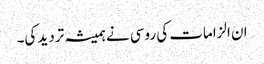
ان الزامات کی روسی نے ہمیشہ تردید کی۔